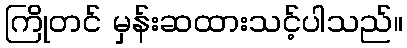
ကြိုတင် မှန်းဆထားသင့်ပါသည်။